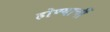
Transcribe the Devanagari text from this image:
होण्याचीं